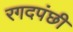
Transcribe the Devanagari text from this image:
रगदपंछी